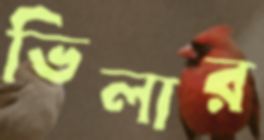
ভিলার